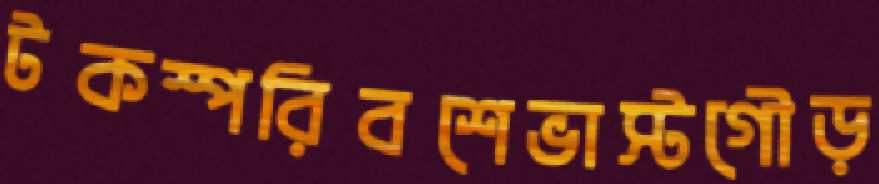
টকস্পরিবশেভাস্টগৌড়